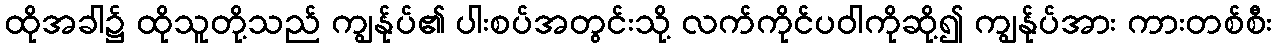
ထိုအခါ၌ ထိုသူတို့သည် ကျွန်ုပ်၏ ပါးစပ်အတွင်းသို့ လက်ကိုင်ပဝါကိုဆို့၍ ကျွန်ုပ်အား ကားတစ်စီး